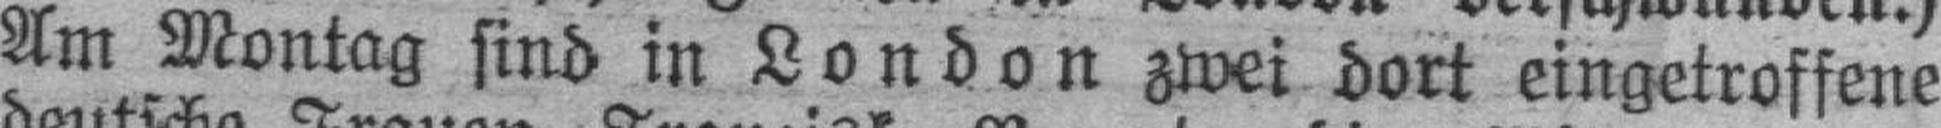
Am Montag sind in London zwei dort eingetroffene